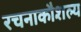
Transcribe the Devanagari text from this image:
रचनाकौशल्य